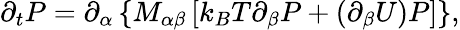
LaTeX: \partial_{t}P=\partial_{\alpha}\left\{ M_{\alpha\beta}\left[k_{B}T\partial_{\beta}P+(\partial_{\beta}U)P\right]\right\} ,